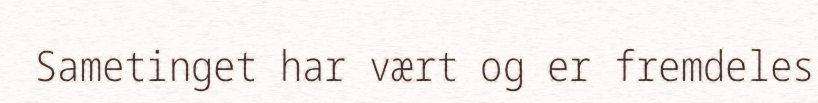
Sametinget har vært og er fremdeles